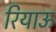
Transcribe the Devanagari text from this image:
रियाऊ